Streptothrix isolated from the spleen of a leper - Number 51
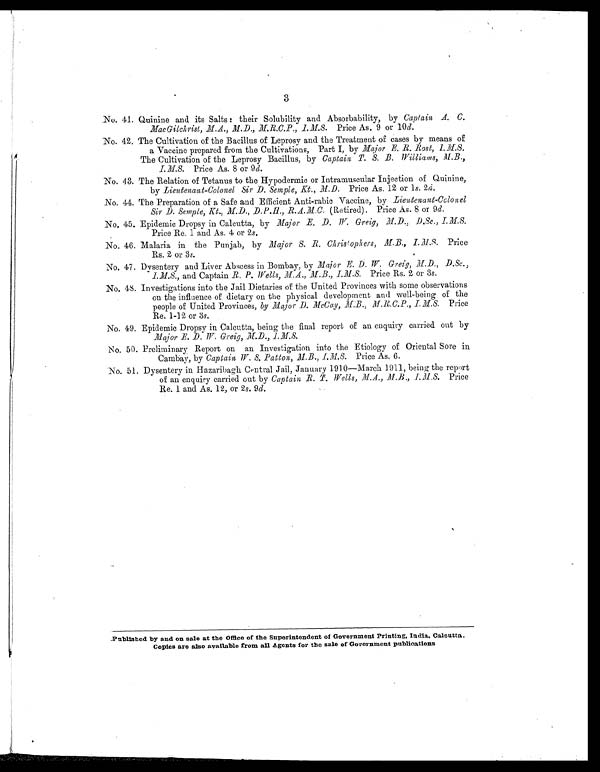
3
No. 41. Quinine and its Salts : their Solubility and Absorbability, by Captain A. C.
MacGilchrist, M.A., M.D., M.R.C.P., I.M.S. Price As. 9 or 10 d.
No. 42. The Cultivation of the Bacillus of Leprosy and the Treatment of cases by means of
a Vaccine prepared from the Cultivations, Part I, by Major E. R. Rost, I.M.S.
The Cultivation of the Leprosy Bacillus, by Captain T. S. B. Williams, M.B.,
I.M.S. Price As. 8 or 9 d.
No. 43. The Relation of Tetanus to the Hypodermic or Intramuscular Injection of Quinine,
by Lieutenant-Colonel Sir D. Semple, Kt., M.D. Price As. 12 or 1s. 2d.
No. 44. The Preparation of a Safe and Efficient Anti-rabic Vaccine, by Lieutenant-Colonel
Sir D. Semple, Kt., M.D., D.P.H., R.A.M.C. (Retired). Price As. 8 or 9d.
No. 45. Epidemic Dropsy in Calcutta, by Major E. D. W. Greig, M.D., D.Sc., I.M.S.
Price Re. 1 and As. 4 or 2 s.
No. 46. Malaria in the Punjab, by Major S. R.. Christophers, M.B., I.M.S. Price
Rs. 2 or 3 s.
No. 47, Dysentery and Liver Abscess in Bombay, by Major E. D. W. Greig, M.D., D.Sc.,
I.M.S., and Captain R. P. Wells, M.A., M.B., I.M.S. Price Rs. 2 or 3 s.
No. 48. Investigations into the Jail Dietaries of the United Provinces with some observations
on the influence of dietary on the physical development and well-being of the
people of United Provinces, by Major D. McCay, M.B., M.R..C.P., I.M.S. Price
Re. 1-12 or 3 s.
No. 49. Epidemic Dropsy in Calcutta, being the final report of an enquiry carried out by
Major E. D. W. Greig, M.D., I.M.S.
No. 50. Preliminary Report on an Investigation into the Etiology of Oriental Sore in
Cambay, by Captain W. S. Patton, I.M.S. Price As. 6.
No. 51. Dysentery in Hazaribagh Central Jail, January 1910—March 1911, being the report
of an enquiry carried out by Captain R. T. Wells, M.A., M.B., I.M.S. Price
Re. 1 and As. 12, or 2 s. 9d.
Published by and on sale at the Office of the Superintendent of Government Printing, India, Calcutta. Copies are also available from all Agents for the sale of Government publications